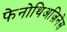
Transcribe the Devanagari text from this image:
फेनोथिअज़िनेस